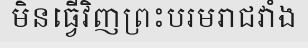
មិនធ្វើវិញព្រះបរមរាជវាំង